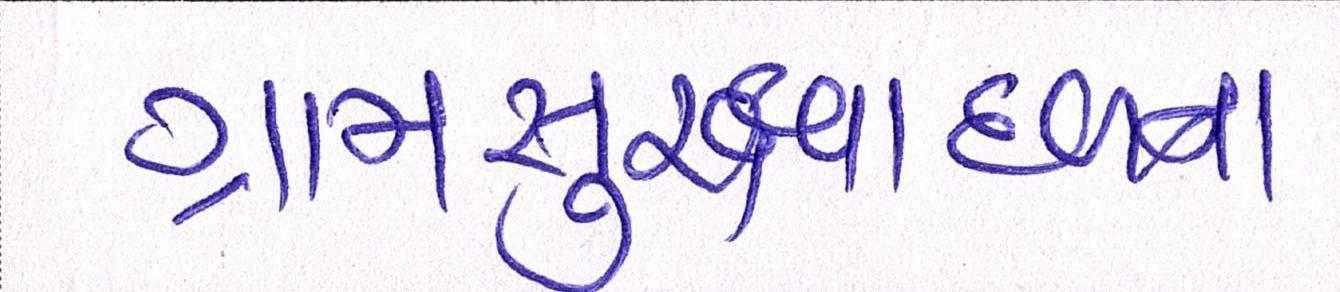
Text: ગ્રામસુરક્ષાદળના